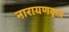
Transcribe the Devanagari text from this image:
नारायणकृत